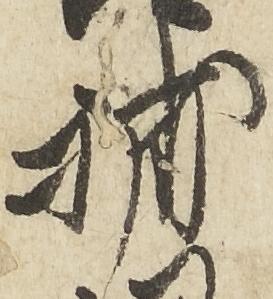
補